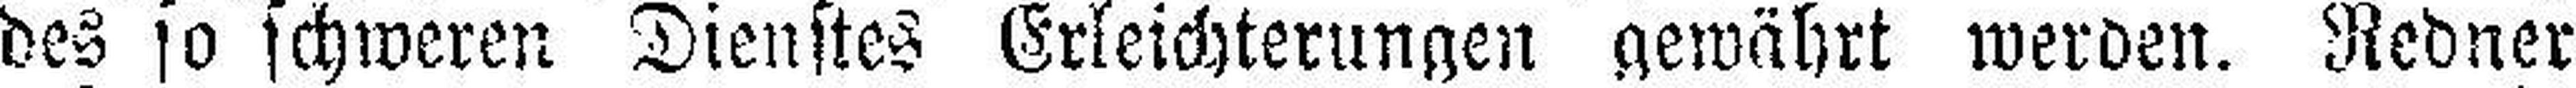
des so schweren Dienstes Erleichterungen gewährt werden. Redner